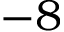
- 8